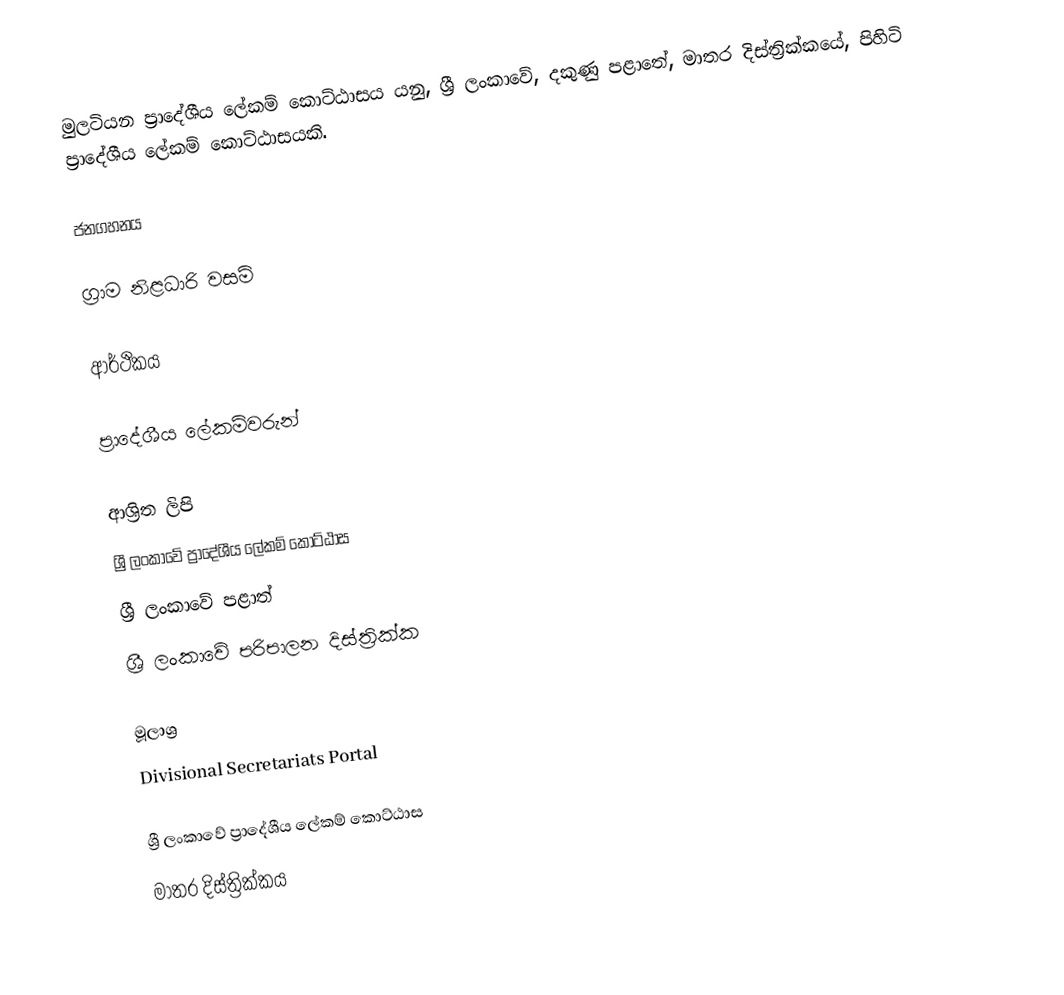
මුලටියන ප්‍රාදේශීය ලේකම් කොට්ඨාසය යනු,  ශ්‍රී ලංකාවේ, දකුණු පළාතේ,   මාතර දිස්ත්‍රික්කයේ, පිහිටි ප්‍රාදේශීය ලේකම් කොට්ඨාසයකි.

ජනගහනය

ග්‍රාම නිළධාරි වසම්

ආර්ථිකය

ප්‍රාදේශීය ලේකම්වරුන්

ආශ්‍රිත ලිපි
ශ්‍රී ලංකාවේ ප්‍රාදේශීය ලේකම් කොට්ඨාස
ශ්‍රී ලංකාවේ පළාත්
ශ්‍රී ලංකාවේ පරිපාලන දිස්ත්‍රික්ක

මූලාශ්‍ර
 Divisional Secretariats Portal

ශ්‍රී ලංකාවේ ප්‍රාදේශීය ලේකම් කොට්ඨාස
මාතර දිස්ත්‍රික්කය